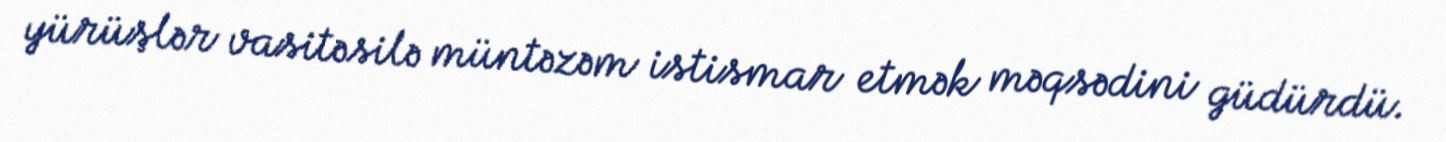
yürüşlər vasitəsilə müntəzəm istismar etmək məqsədini güdürdü.